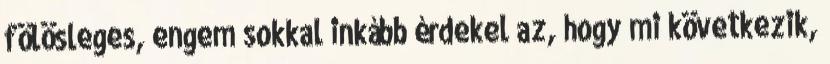
fölösleges, engem sokkal inkább érdekel az, hogy mi következik,